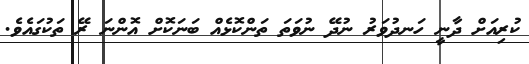
ކުރިއަށް ދާނީ ހަނދުވަރު ނުދޭ ނުވަތަ ތަންކޮޅެއް ބަނަކޮށް އޮންނަ ރޭ ތަކުގައެވެ.